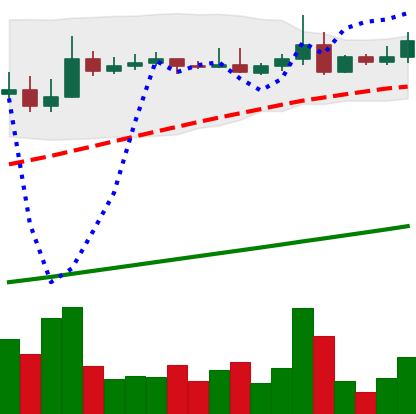
Ticker: ADA-USD
Chart end date: 2021-04-11
Forward return: 11.858%
Label: up_7plus